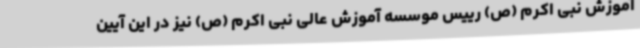
آموزش نبی اکرم (ص) رییس موسسه آموزش عالی نبی اکرم (ص) نیز در این آیین